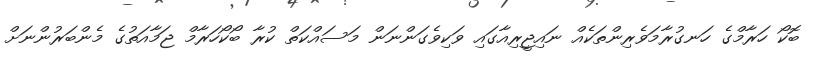
ބޮކޯ ހަރާމްގެ ހަނގުރާމަވެރިންތަކެއް ނައިޖީރިއާގައި ވަކިވެގަންނަން މަސައްކަތް ކުރާ ބޯކޯހަރާމް ޖަމާއަތުގެ މެންބަރުންނަށް